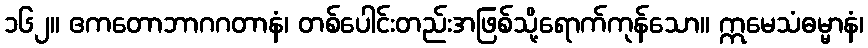
၁၆၂။ ဧကတောဘာဂဂတာနံ၊ တစ်ပေါင်းတည်းအဖြစ်သို့ရောက်ကုန်သော။ ဣမေသံဓမ္မာနံ၊